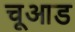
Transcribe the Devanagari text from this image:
चूआड